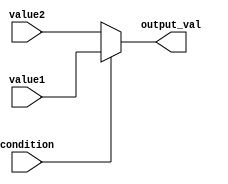
module conditional_operator_assignment (
    input wire condition,       // Boolean condition input
    input wire [7:0] value1,   // First value to select from
    input wire [7:0] value2,   // Second value to select from
    output reg [7:0] output_val // Output variable
);

// Combinational logic block using the conditional operator
always @(*) begin
    output_val = condition ? value1 : value2; // Conditional assignment
end

endmodule